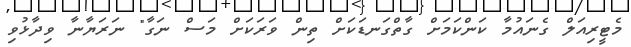
މެޓީރިއަލް ގެނައުމާ ކަންކަމަށް ގާތްގަނޑަކަށް ތިން ވަރަކަށް މަސް ނަގާ" ނަރަޔާނާ ވިދާޅުވި